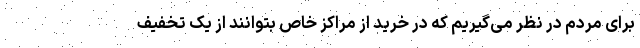
برای مردم در نظر می‌گیریم که در خرید از مراکز خاص بتوانند از یک تخفیف